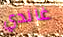
غاندي